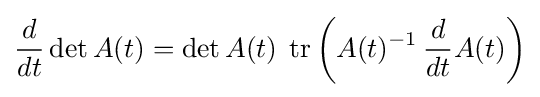
{\frac {d}{dt}}\det A(t)=\det A(t)\;\operatorname {tr} \left(A(t)^{-1}\,{\frac {d}{dt}}A(t)\right)